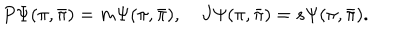
P \Psi ( \pi , { \bar { \pi } } ) = m \Psi ( \pi , { \bar { \pi } } ) , \quad { J } \Psi ( \pi , { \bar { \pi } } ) = s \Psi ( \pi , { \bar { \pi } } ) .